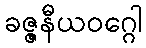
ခဇ္ဇနီယဝဂ္ဂေါ